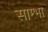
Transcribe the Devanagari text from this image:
साम्भा